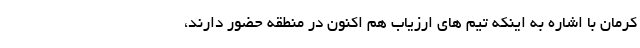
کرمان با اشاره به اینکه تیم های ارزیاب هم اکنون در منطقه حضور دارند،